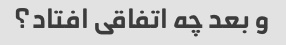
و بعد چه اتفاقی افتاد؟